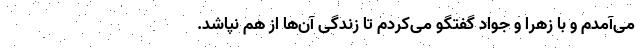
می‌آمدم و با زهرا و جواد گفتگو می‌کردم تا زندگی آن‌ها از هم نپاشد.